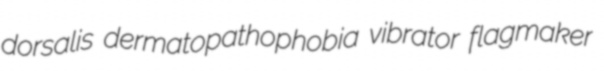
dorsalis dermatopathophobia vibrator flagmaker